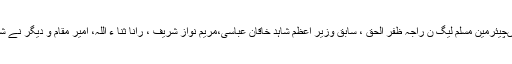
اجلاس میںچیئرمین مسلم لیگ ن راجہ ظفر الحق ، سابق وزیر اعظم شاہد خاقان عباسی،مریم نواز شریف ، رانا ثنا ء اللہ، امیر مقام و دیگر نے شرکت کی۔